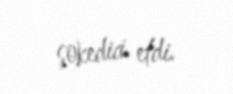
şokedici etdi.